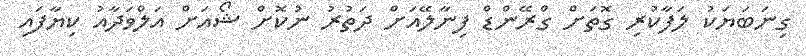
ގިނަބަޔަކު ލަފާކުރި ގޮތަށް ގްރޭންޑް ފިނާލޭއަށް ދަތުރު ނުކޮށް ޝޯއަށް އަލްވަދާއު ކިޔާފައި